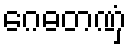
ဂေဓတဏှံ